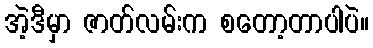
အဲ့ဒီမှာ ဇာတ်လမ်းက စတော့တာပါပဲ။